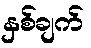
နှစ်ချက်